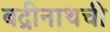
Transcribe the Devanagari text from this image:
बद्रीनाथची